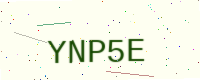
Text: YNP5E